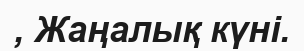
, Жаңалық күні.